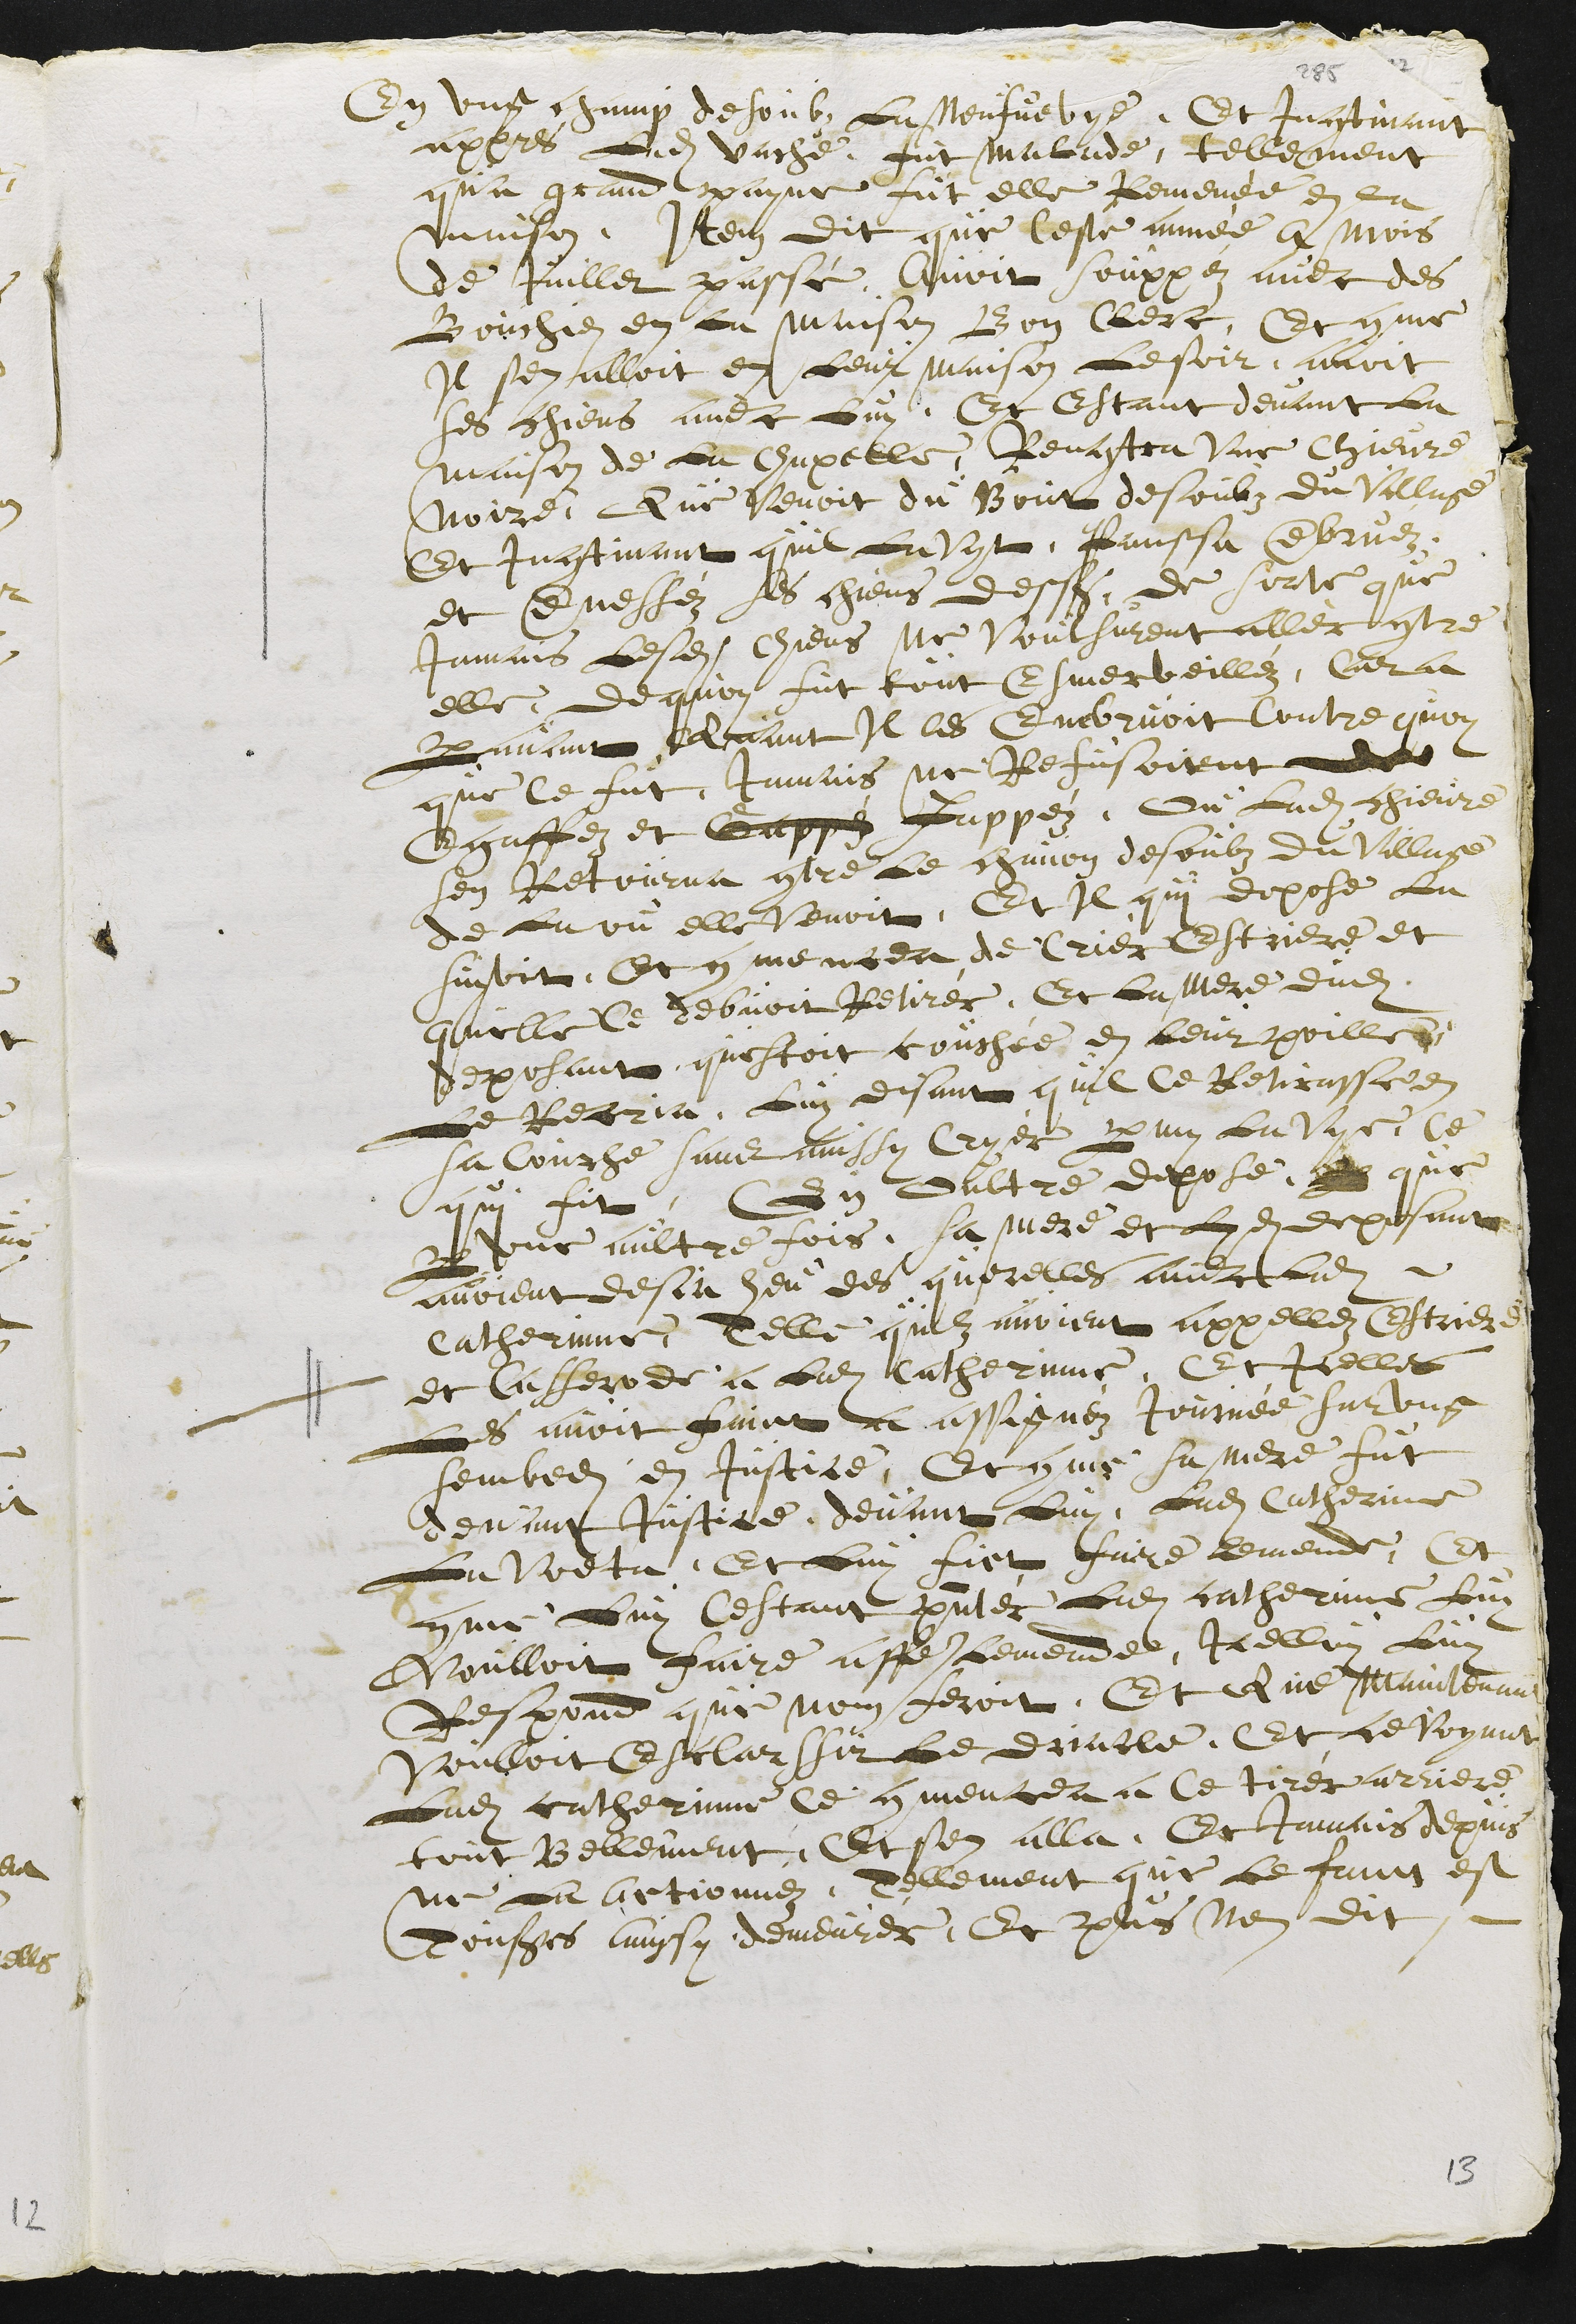
En ung champ desoubz La Neufvevye, Et Incontinant
appres Ladite vache fut malade, tellement
qua grand payne fut elle Remenée en la
maison. Item dit que ceste année a mois
de Juillet passé, Avoit souppéz avec des
Bouchiez en la maison Bon Clerc, Et comme
Il sen alloit en Leur maison Le soir, avoit
ses chiens avec Luy, Et Estant devant La
maison de La Chapelle, Rencontra une Chievre
noire, Que venoit du Bout desoubz du Village
Et Incontinant quil La Vyt, Panssa embruéz
et ennesléz ses chiens dessus, de sorte que
Jamais Lesdits Chiens Ne voulsurent aller contre
elle, de quoy fut tout Esmerveilléz, Car a
paravant Quant Il les embruoit contre quoy
que ce fût, Jamais ne Refusoirent de
engassez et Gappéz Jappéz, ou Ladite chievre
sen Retourna contre Le chavon desoubz du Village
de La ou elle Venoit. Et Il qui depose La
suyvit, Et commencea de Criér Estriere et
quelle Ce debvoit Retirér, Et La Mere dudit
deposant questoit couchée en leur poille
Le Recria, Luy disant quil Ce Retirasse en
sa Couche sans ainssy Cryér parmy La Vye, Ce
qui fit. En oultre depose, ?? que
par une aultre fois, sa mere et Luy deposant
avoient desja heu des querelles avec Ladite
Catherinne, Telle quilz avoient appellez Estriere
et Casserode a Ladite Catherinne, Et Icelles
Les avoit faict a assignéz Journée sur ung
sembedi en Justice, Et comme sa mere fut
devant justice, devant Luy, Ladite Catherinne
La Voeta. Et Luy fict faire lemende, Et
comme Luy Cestant présentéz Ladite catherinne Luy
Voulloit faire assez lemende, Icelluy Luy
Respond que nen feroit, Et Que maintenant
Voulloit Esclarssir Le driacle, Et ce Voyant
Ladite catherinne Ce commencea a Ce tirér arriere
tout Bellement, Et sen alla. Et Jamais depuis
ne La actionnez, Tellement que le faict est
Toujours ainssy demeurér. Et plus nen dit.